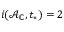
i ( \mathcal { A } _ { \mathbb { C } } , t _ { * } ) = 2